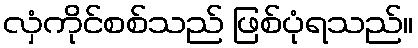
လှံကိုင်စစ်သည် ဖြစ်ပုံရသည်။